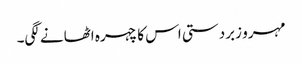
مہرو زبردستی اس کا چہرہ اٹھانے لگی۔